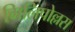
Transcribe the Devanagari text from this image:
गिलिपोल्लस